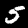
Digit: 5